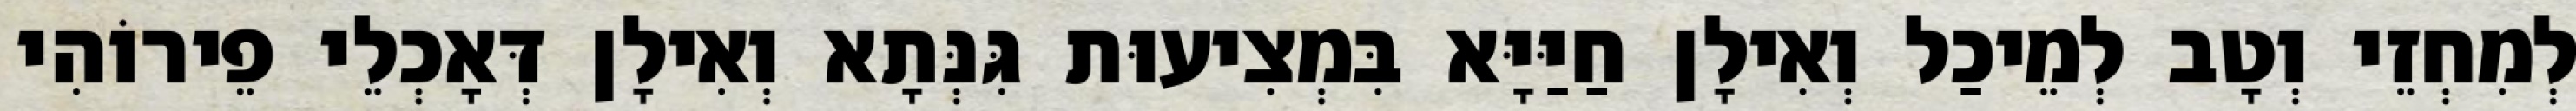
לְמִחְזֵי וְטָב לְמֵיכַל וְאִילָן חַיַּיָּא בִּמְצִיעוּת גִּנְּתָא וְאִילָן דְּאָכְלֵי פֵירוֹהִי